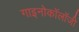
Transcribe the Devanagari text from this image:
गाइनोकॉलॉजी